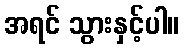
အရင် သွားနှင့်ပါ။